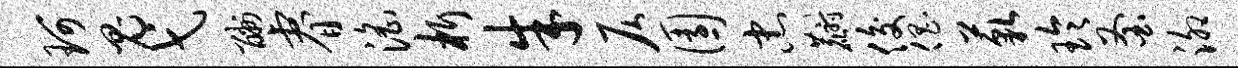
珂鬼弋酬睿淫析朱仄园忠麝俊倡藐玲釜泖